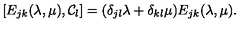
[ E _ { j k } ( \lambda , \mu ) , { \cal C } _ { l } ] = ( \delta _ { j l } \lambda + \delta _ { k l } \mu ) E _ { j k } ( \lambda , \mu ) .